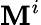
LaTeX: \mathbf{M}^{i}